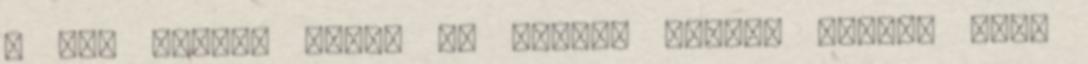
Ő egy nagyon okos, és ravasz faszi, tudja, mert